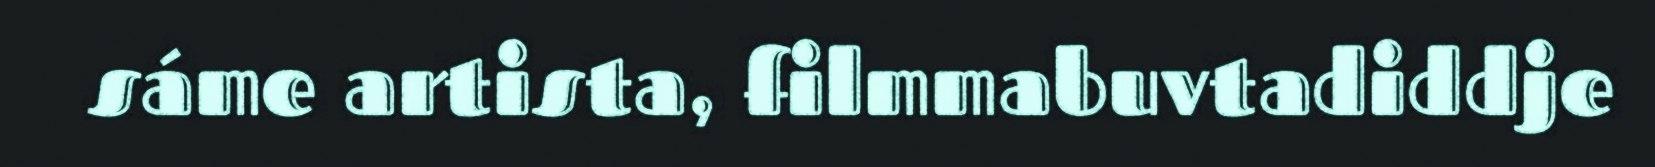
sáme artista, filmmabuvtadiddje